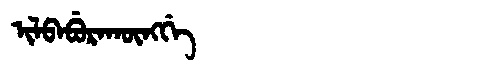
Manchu: ᡳᠯᠪᠠᠪᡠᡵᠠᡴᡡᠩᡤᡝ
Romanization: ILBABURAKŪNGGE